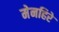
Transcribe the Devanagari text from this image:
मेनहिरे